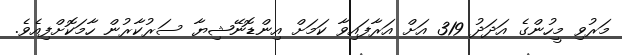
މަރުވި މީހުންގެ އަދަދު 319 އަށް އަރާފައިވާ ކަމަށް އިންޑޮނޭޝިޔާ ސަރުކާރުން ހާމަކޮށްފިއެވެ.